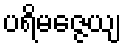
ပရိမဇ္ဇေယျ